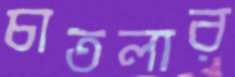
চাতলার